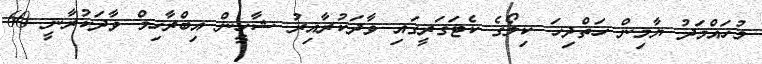
މުހައްމަދު ޔާމިން ހަތްދިހަ ކިލޯގެ ކެޓަގަރީގައި ވާދަކުރާއިރު ޝާހީން އިބްރާހިމް ވާދަކުރާނީ 60